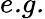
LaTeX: \textit{e.g.}